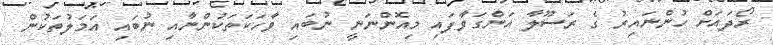
ރޯދައަށް ހުންނައިރު ގެ ރަސޫލާ އަންގަވާފައި މިއޮންނަނީ ނުބައި ވާހަކަތަކުންނާއި ނުބައި އަމަލުތަކުން